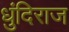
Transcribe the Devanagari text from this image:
धुंदिराज